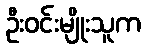
ဦးဝင်းမျိုးသူက